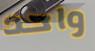
واحد